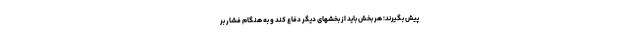
پیش بگیرند؛ هر بخش باید از بخشهای دیگر دفاع کند و به هنگام فشار بر